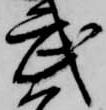
武